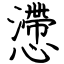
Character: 懘